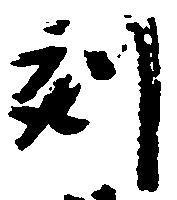
刻